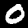
Digit: 0